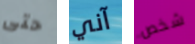
حتى آني شخص